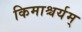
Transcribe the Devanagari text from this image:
किमाश्चर्यम्